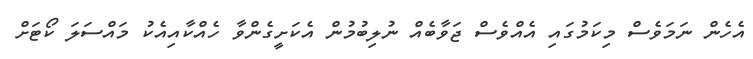
އެހެން ނަަމަވެސް މިކަމުގައި އެއްވެސް ޖަވާބެއް ނުލިބުމުން އެކަށީގެންވާ ހެއްކާއިއެކު މައްސަލަ ކޯޓަށް